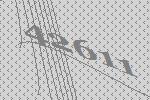
42611